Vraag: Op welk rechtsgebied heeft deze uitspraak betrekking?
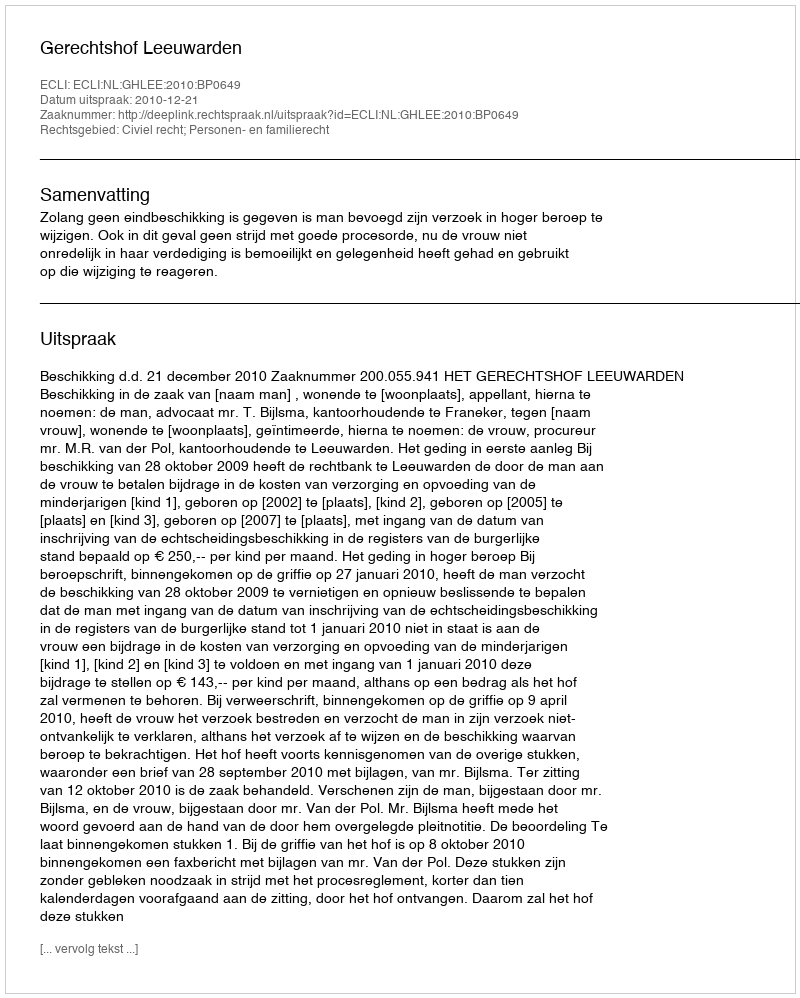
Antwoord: Civiel recht; Personen- en familierecht